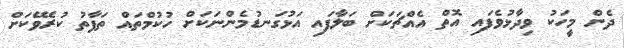
ދެން މީހަކު ވިދާޅުވެފައި އޮތް އެއްޗަކަށް ބަލާފައި އަޅުގަނޑުމެންނަކަށް ހުކުމްތައް ތަފާތު ކުރެވޭކަށް